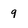
Character: 9